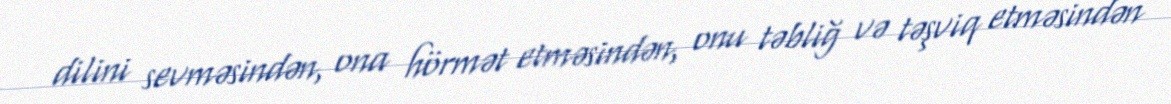
dilini sevməsindən, ona hörmət etməsindən, onu təbliğ və təşviq etməsindən